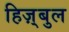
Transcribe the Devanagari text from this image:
हिज़्बुल